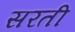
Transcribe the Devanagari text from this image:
सरती